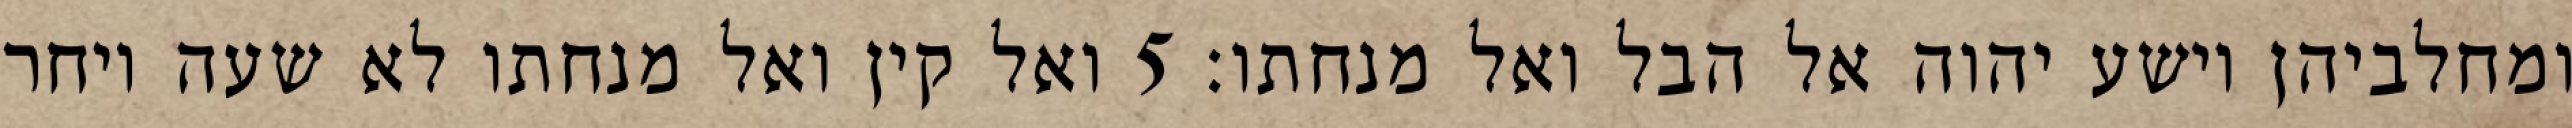
ומחלביהן וישע יהוה אל הבל ואל מנחתו׃ ‎5‏ ואל קין ואל מנחתו לא שעה ויחר